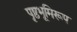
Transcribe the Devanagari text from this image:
पृष्ठभूमिरूप